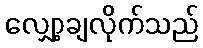
လျှော့ချလိုက်သည်